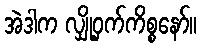
အဲဒါက လျှို့ဝှက်ကိစ္စနော်။